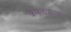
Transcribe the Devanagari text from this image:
कपड्याचा